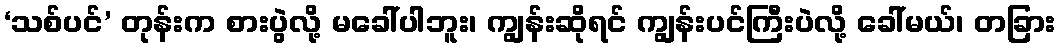
‘သစ်ပင်’ တုန်းက စားပွဲလို့ မခေါ်ပါဘူး၊ ကျွန်းဆိုရင် ကျွန်းပင်ကြီးပဲလို့ ခေါ်မယ်၊ တခြား